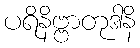
ပရိနိဗ္ဗာတုဒါနိ